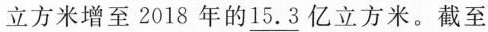
立方米增至2018年的15.3亿立方米。截至